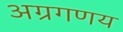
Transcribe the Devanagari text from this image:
अग्रगणय